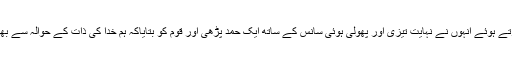
ذہنوں کو بند کرنے کی ایک مثال پیش کرتے ہوئے انہوں نے نہایت تیزی اور پھولی ہوئی سانس کے ساتھ ایک حمد پڑھی اور قوم کو بتایاکہ ہم خدا کی ذات کے حوالہ سے بھی بچوں کو صرف رٹو طوطا بنارہے ہیں۔